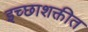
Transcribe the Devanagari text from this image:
इच्छाशक्तीत